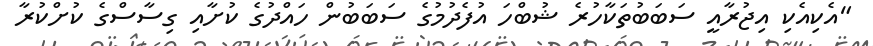
"އެކިއެކި އިޖުރާއީ ސަބަބުތަކާހުރެ ޝުބްހަ އުފެދުމުގެ ސަބަބުން ހައްދުގެ ކުށާއި ގިސާސްގެ ކުށްކުރާ